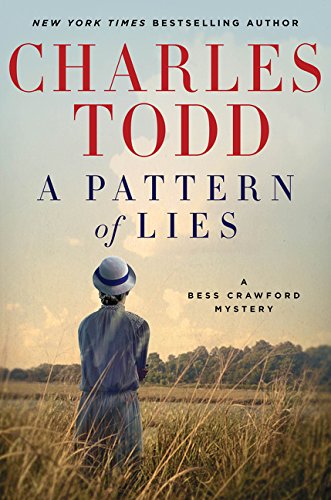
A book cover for A Pattern of Lies: A Bess Crawford Mystery (Bess Crawford Mysteries); Charles Todd; Mystery, Thriller & Suspense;